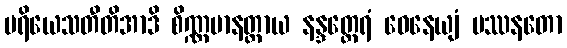
ပရိယေသတီတိအာဒိ စိဏ္ဏမာနတ္တာယ နန္ဒတ္ထေရံ ဝေနေယျံ ပဿနတော